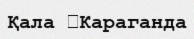
Қала 	Караганда